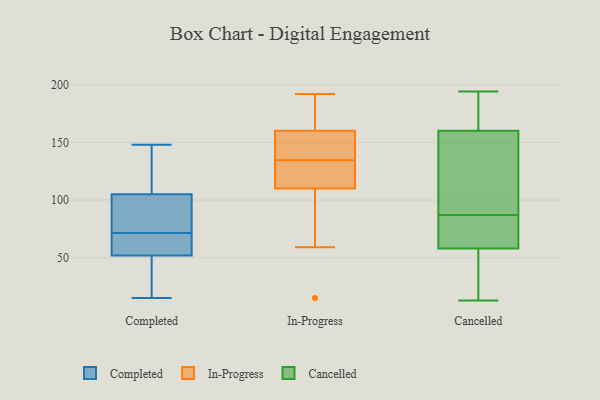
{"axis": {"x": "Shipments", "y": "Value"}, "legend": ["Cancelled", "Completed", "In-Progress"], "data": [{"x": "", "y": 29, "type": "Completed"}, {"x": "", "y": 126, "type": "Completed"}, {"x": "", "y": 73, "type": "Completed"}, {"x": "", "y": 105, "type": "Completed"}, {"x": "", "y": 69, "type": "Completed"}, {"x": "", "y": 126, "type": "Completed"}, {"x": "", "y": 72, "type": "Completed"}, {"x": "", "y": 27, "type": "Completed"}, {"x": "", "y": 15, "type": "Completed"}, {"x": "", "y": 71, "type": "Completed"}, {"x": "", "y": 148, "type": "Completed"}, {"x": "", "y": 52, "type": "Completed"}, {"x": "", "y": 89, "type": "Completed"}, {"x": "", "y": 62, "type": "Completed"}, {"x": "", "y": 131, "type": "In-Progress"}, {"x": "", "y": 160, "type": "In-Progress"}, {"x": "", "y": 138, "type": "In-Progress"}, {"x": "", "y": 132, "type": "In-Progress"}, {"x": "", "y": 163, "type": "In-Progress"}, {"x": "", "y": 118, "type": "In-Progress"}, {"x": "", "y": 189, "type": "In-Progress"}, {"x": "", "y": 137, "type": "In-Progress"}, {"x": "", "y": 15, "type": "In-Progress"}, {"x": "", "y": 75, "type": "In-Progress"}, {"x": "", "y": 110, "type": "In-Progress"}, {"x": "", "y": 59, "type": "In-Progress"}, {"x": "", "y": 192, "type": "In-Progress"}, {"x": "", "y": 145, "type": "In-Progress"}, {"x": "", "y": 58, "type": "Cancelled"}, {"x": "", "y": 194, "type": "Cancelled"}, {"x": "", "y": 67, "type": "Cancelled"}, {"x": "", "y": 160, "type": "Cancelled"}, {"x": "", "y": 164, "type": "Cancelled"}, {"x": "", "y": 143, "type": "Cancelled"}, {"x": "", "y": 13, "type": "Cancelled"}, {"x": "", "y": 37, "type": "Cancelled"}, {"x": "", "y": 72, "type": "Cancelled"}, {"x": "", "y": 82, "type": "Cancelled"}, {"x": "", "y": 20, "type": "Cancelled"}, {"x": "", "y": 97, "type": "Cancelled"}, {"x": "", "y": 92, "type": "Cancelled"}, {"x": "", "y": 185, "type": "Cancelled"}]}